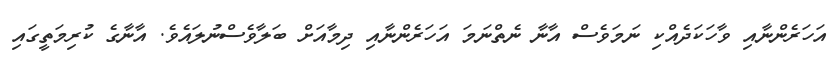
އަހަރެންނާއި ވާހަކަދެއްކި ނަމަވެސް އާނާ ނެތްނަމަ އަހަރެންނާއި ދިމާއަށް ބަލާވެސްނުލައެވެ. އާނާގެ ކުރިމަތީގައި